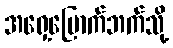
အရှေ့မြောက်ဘက်သို့